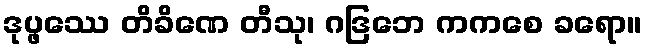
ဒုပ္ဖဿေ တိခိဏေ တီသု၊ ဂဒြဘေ ကကစေ ခရော။